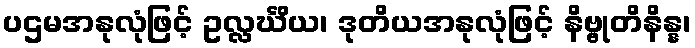
ပဌမအနုလုံဖြင့် ဥလ္လင်္ဃိယ၊ ဒုတိယအနုလုံဖြင့် နိဗ္ဗုတိနိန္န၊